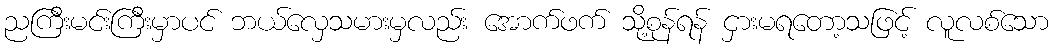
ညကြီးမင်းကြီးမှာပင် ဘယ်လှေသမားမှလည်း အောက်ဖက် သို့စုန်ရန် ငှားမရတော့သဖြင့် လူလစ်သော